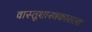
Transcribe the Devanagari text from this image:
वास्तूशास्त्रकाराला